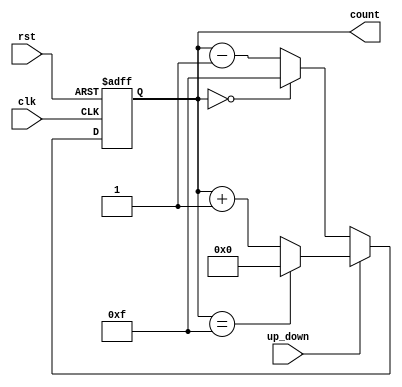
module UpDownCounter (
    input wire clk,           // Clock signal
    input wire rst,           // Asynchronous reset signal
    input wire up_down,       // Up/Down control signal
    output reg [3:0] count    // 4-bit count output
);

    // Asynchronous reset
    always @(posedge clk or posedge rst) begin
        if (rst) begin
            count <= 4'b0000; // Reset count to 0
        end else begin
            if (up_down) begin
                // Count Up
                if (count == 4'b1111) begin
                    count <= 4'b0000; // Wrap around to 0 on overflow
                end else begin
                    count <= count + 1'b1; // Increment count
                end
            end else begin
                // Count Down
                if (count == 4'b0000) begin
                    count <= 4'b1111; // Wrap around to 15 on underflow
                end else begin
                    count <= count - 1'b1; // Decrement count
                end
            end
        end
    end

endmodule